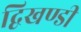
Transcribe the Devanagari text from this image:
द्विखण्डी